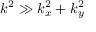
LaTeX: k ^ { 2 } \gg k _ { x } ^ { 2 } + k _ { y } ^ { 2 }